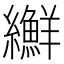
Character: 𦇫